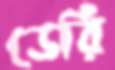
ডেরি